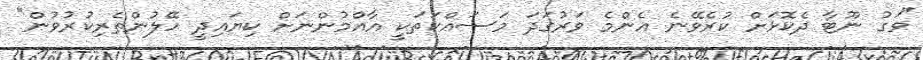
"ވަގު ނޫޓާ ދެކޮޅަށް ކުރެވޭނެ އެންމެ ވަރުގަދަ މަސައްކަތަކީ އާއްމުންނަށް ކިޔައިދީ ހޭލުންތެރިކުރުވުން"